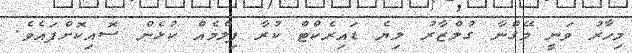
މިހާރު ވަނީ މޭގްނާ ގުލްޒާރު ލިޔެ ޑައިރެކްޓް ކުރާ ފިލްމެއް ކުޅެން ސޮއިކޮށްފައެވެ.